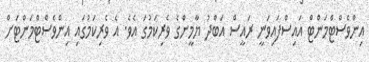
އިންވެސްޓްމަންޓް އައިސްފައިވަނީ ރައީސް އަބްދު ޔާމީންގެ ވެރިކަމުގަ އެވެ. އެ ވެރިކަމުގައި އިންވެސްޓްމަންޓަށް